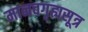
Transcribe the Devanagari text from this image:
मानवगृह्यसूत्र